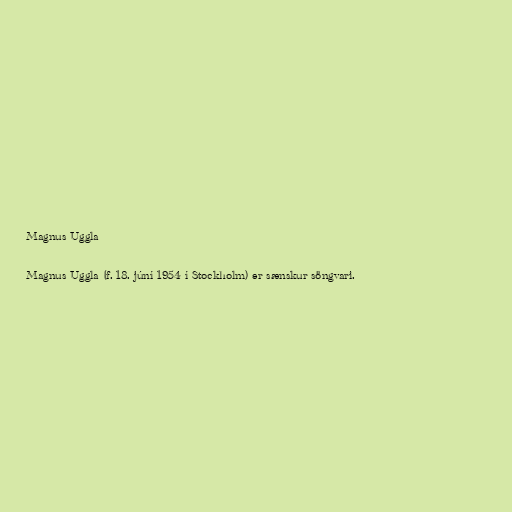
Magnus Uggla

Magnus Uggla (f. 18. júní 1954 í Stockholm) er sænskur söngvari.